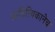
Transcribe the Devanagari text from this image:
साहित्यिकानेच